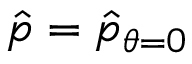
\hat { p } = \hat { p } _ { \theta = 0 }